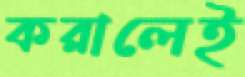
করালেই